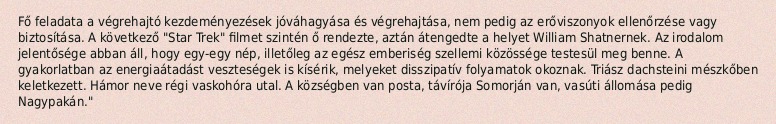
Fő feladata a végrehajtó kezdeményezések jóváhagyása és végrehajtása, nem pedig az erőviszonyok ellenőrzése vagy biztosítása. A következő "Star Trek" filmet szintén ő rendezte, aztán átengedte a helyet William Shatnernek. Az irodalom jelentősége abban áll, hogy egy-egy nép, illetőleg az egész emberiség szellemi közössége testesül meg benne. A gyakorlatban az energiaátadást veszteségek is kísérik, melyeket disszipatív folyamatok okoznak. Triász dachsteini mészkőben keletkezett. Hámor neve régi vaskohóra utal. A községben van posta, távírója Somorján van, vasúti állomása pedig Nagypakán."